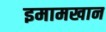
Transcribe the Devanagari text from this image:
इमामखान